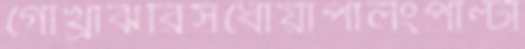
গোখ্রাঝরিসধোয়াপালংপাল্টা